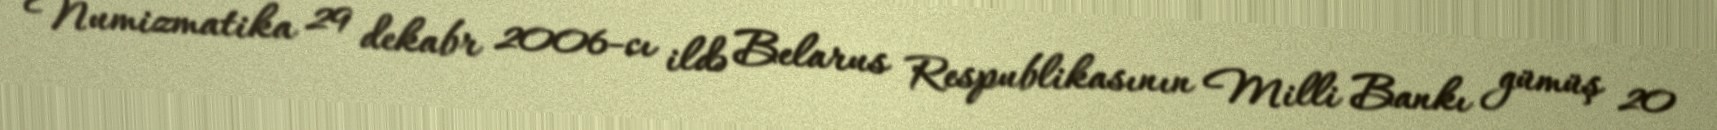
Numizmatika 29 dekabr 2006-cı ildə Belarus Respublikasının Milli Bankı gümüş 20